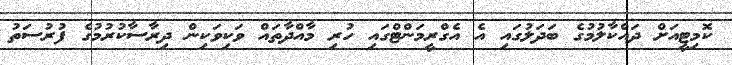
ކޮމިޓީއަށް ދައްކާލުމުގެ ބަދަލުގައި އެ އެގްރީމަންޓްގައި ހުރި މާއްދާތައް ވަކިވަކިން ދިރާސާކުރުމުގެ ފުރުސަތު